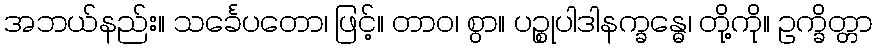
အဘယ်နည်း။ သင်္ခေပတော၊ ဖြင့်။ တာဝ၊ စွာ။ ပဉ္စုပါဒါနက္ခန္ဓေ၊ တို့ကို။ ဥက္ခိတ္တာ